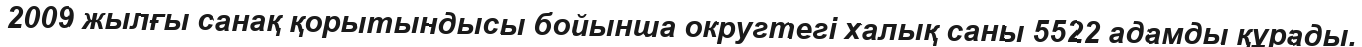
2009 жылғы санақ қорытындысы бойынша округтегі халық саны 5522 адамды құрады.